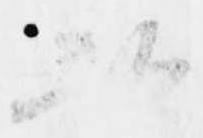
跡